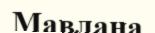
Мавлана